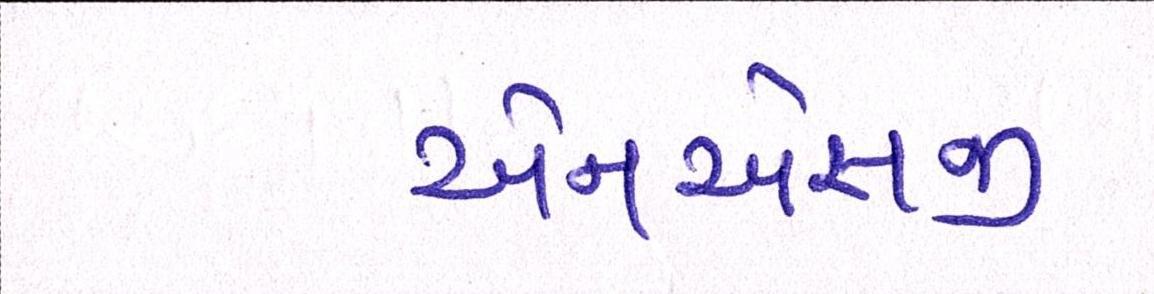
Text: એનએસજી